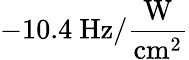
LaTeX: -10.4~\mathrm{Hz/\frac{W}{cm^{2}}}